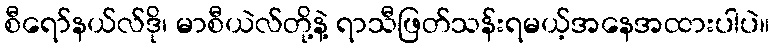
စီရော်နယ်လ်ဒို၊ မာစီယဲလ်တို့နဲ့ ရာသီဖြတ်သန်းရမယ့်အနေအထားပါပဲ။